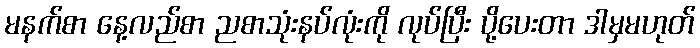
မနက်စာ နေ့လည်စာ ညစာသုံးနပ်လုံးကို လုပ်ပြီး ပို့ပေးတာ ဒါမှမဟုတ်